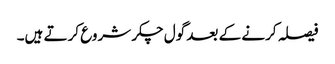
فیصلہ کرنے کے بعد گول چکر شروع کرتے ہیں۔